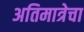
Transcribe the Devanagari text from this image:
अतिमात्रेचा